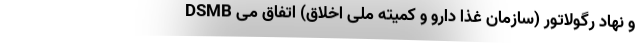
DSMB و نهاد رگولاتور (سازمان غذا دارو و کمیته ملی اخلاق) اتفاق می